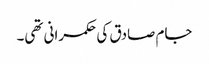
جام صادق کی حکمرانی تھی۔